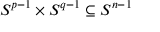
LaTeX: S ^ { p - 1 } \times S ^ { q - 1 } \subseteq S ^ { n - 1 }